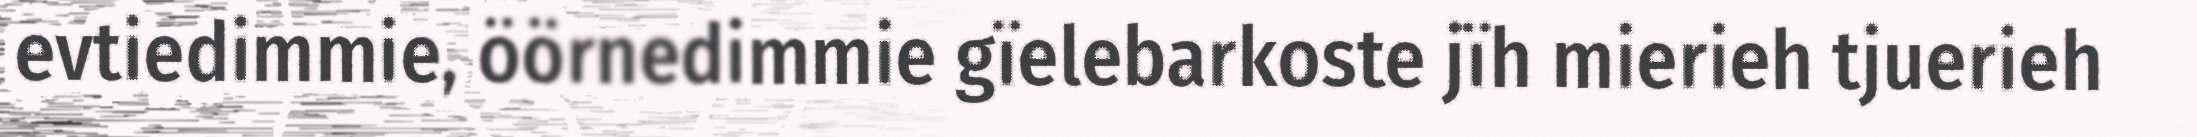
evtiedimmie, öörnedimmie gïelebarkoste jïh mierieh tjuerieh